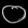
Digit: ၀